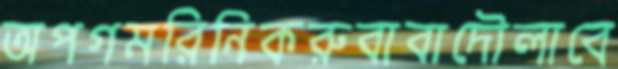
অপগমরিনিকরুবাবাদৌলাবে